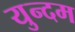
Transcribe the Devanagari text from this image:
युन्दम